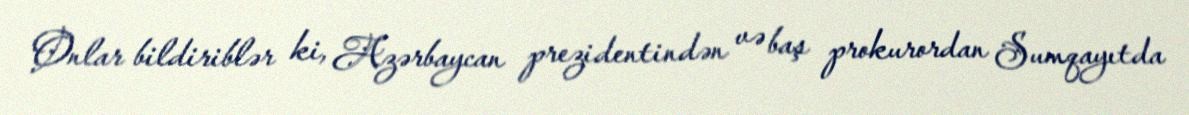
Onlar bildiriblər ki, Azərbaycan prezidentindən və baş prokurordan Sumqayıtda